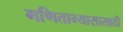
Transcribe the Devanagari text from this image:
गणिताभ्यासासाठी